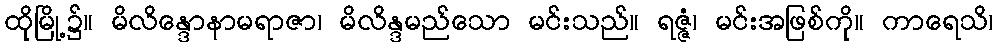
ထိုမြို့၌။ မိလိန္ဒောနာမရာဇာ၊ မိလိန္ဒမည်သော မင်းသည်။ ရဇ္ဇံ၊ မင်းအဖြစ်ကို။ ကာရေသိ၊